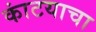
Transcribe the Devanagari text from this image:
कांटयाचा